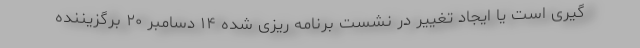
گیری است یا ایجاد تغییر در نشست برنامه ریزی شده ۱۴ دسامبر ۲۰ برگزیننده